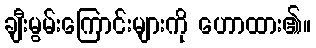
ချီးမွမ်းကြောင်းများကို ဟောထား၏။